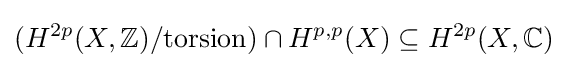
(H^{2p}(X,\mathbb {Z} )/{\text{torsion}})\cap H^{p,p}(X)\subseteq H^{2p}(X,\mathbb {C} )